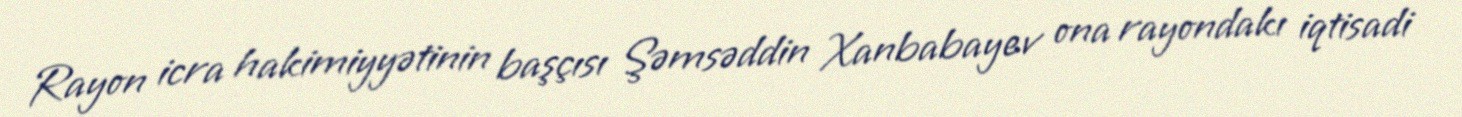
Rayon icra hakimiyyətinin başçısı Şəmsəddin Xanbabayev ona rayondakı iqtisadi